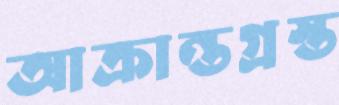
আক্রান্তগ্রস্ত